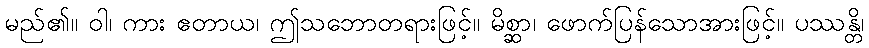
မည်၏။ ဝါ၊ ကား ဧတာယ၊ ဤသဘောတရားဖြင့်။ မိစ္ဆာ၊ ဖောက်ပြန်သောအားဖြင့်။ ပဿန္တိ၊